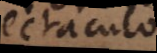
spectaculo